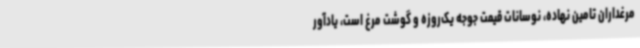
مرغداران تامین نهاده، نوسانات قیمت جوجه یک‌روزه و گوشت مرغ است، یادآور